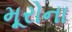
મૂરોના